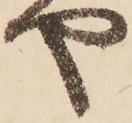
や